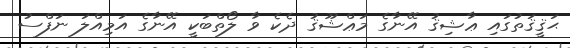
ޙަޤީޤަތުގައި ޢާޝިޤު އޭނާގެ މަޢްޝޫޤު ދެކެ ވާ ލޯތްބަކީ އޭނާގެ އަމިއްލަ ނަފްސު